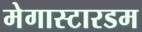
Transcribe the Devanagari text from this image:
मेगास्टारडम